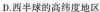
D.西半球的高纬度地区